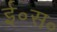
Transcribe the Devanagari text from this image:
ई॰स॰